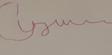
Signature authenticity: forged